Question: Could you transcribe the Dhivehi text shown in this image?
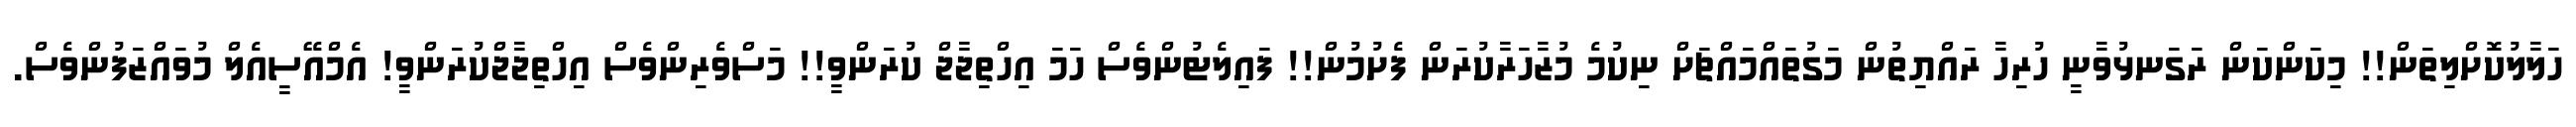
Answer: ހަލާލުކޮށްލިތަން!! މިކަންކަން ރަގަނޅުވާނީ ހުރިހާ ރައްޔިތުން މަގުތައްމައްޗަށް ނިކުމެ މުޒާހަރާކުރަން ފެށުމުން!! ފައިލެޓުންވެސް ހަމަ އިހްތިޖާޖް ކުރަންވީ!! މަސްވެރިންވެސް އިހްތިޖާޖްކުރަންވީ! އެމްއޭސީއެލް މުވައްޒަފުންވެސް.